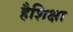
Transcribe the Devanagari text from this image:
हैशिक्षा